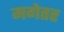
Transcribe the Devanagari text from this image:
मगेतर